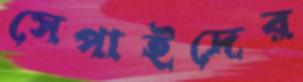
সেপাইদের